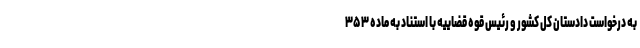
به درخواست دادستان کل کشور و رئیس قوه قضاییه با استناد به ماده ٣۵٣